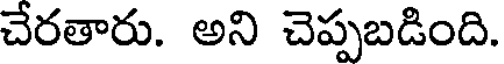
చేరతారు. అని చెప్పబడింది.